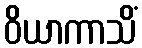
ဝိယာကာသိံ